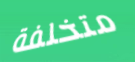
متخلفة